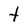
Character: t